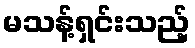
မသန့်ရှင်းသည့်